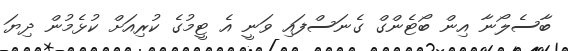
ބާސެލޯނާ އިން ބޯޓެންގް ގެނަސްފައި ވަނީ އެ ޓީމުގެ ކުރިއަށް ކުޅެމުން ދިޔަ